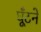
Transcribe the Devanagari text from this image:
घूँटने